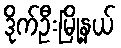
ဒိုက်ဦးမြို့နယ်